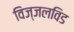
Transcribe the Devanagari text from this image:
विज्जलविड